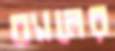
ব্যালের